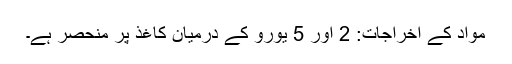
مواد کے اخراجات: 2 اور 5 یورو کے درمیان کاغذ پر منحصر ہے۔